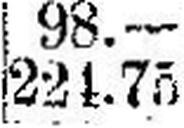
224.75